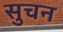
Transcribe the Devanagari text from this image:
सुचन